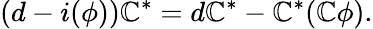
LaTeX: (d-i(\phi))\mathbb{C}^{*}=d\mathbb{C}^{*}-\mathbb{C}^{*}(\mathbb{C}\phi).